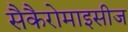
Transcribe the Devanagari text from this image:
सैकैरोमाइसीज